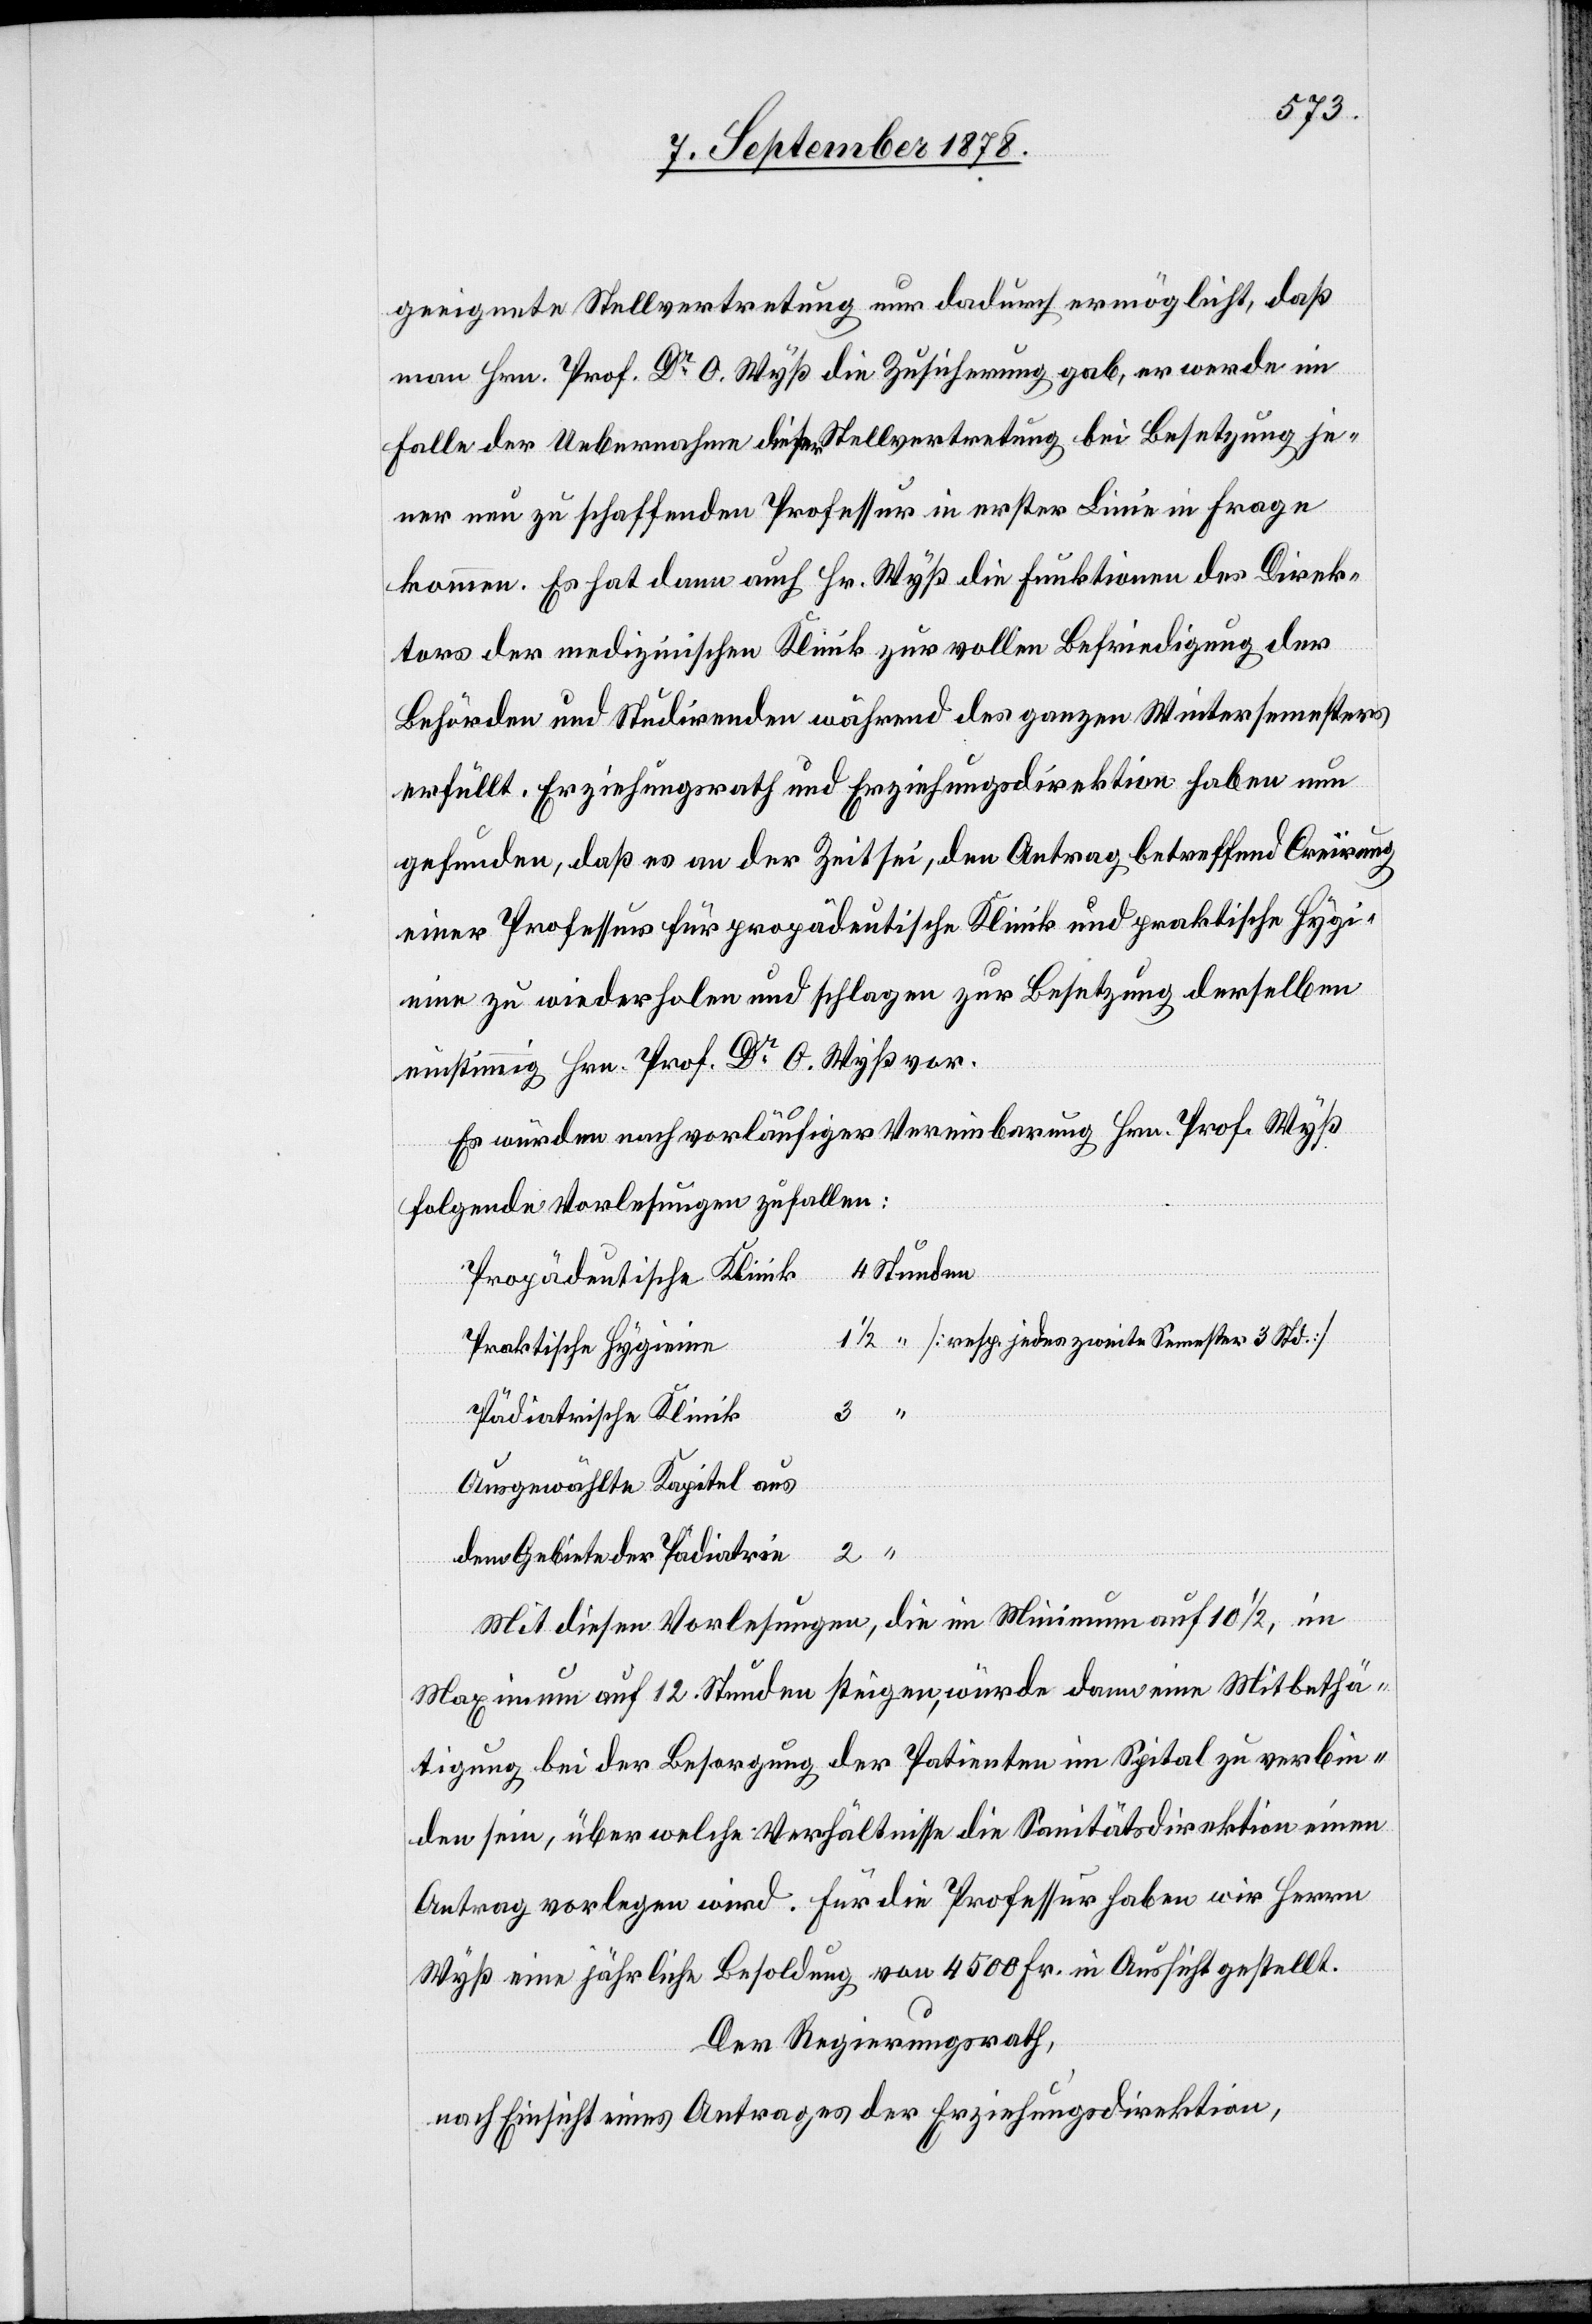
geeigente Stellvertretung nur dadurch ermöglicht, daß
man Hrn. Prof. Dr O. Wyß die Zusicherung gab, er werde im
Falle der Uebernahme dieser Stellvertretung bei Besetzung je¬
ner neu zu schaffenden Professur in erster Linie in Frage
kommen. Es hat dann auch Hr. Wyß die Funktionen des Direk¬
tors der medizinischen Klinik zur vollen Befriedigung der
Behörden und Studirenden während des ganzen Wintersemesters
erfüllt. Erziehungsrath und Erziehungsdirektion haben nun
gefunden, daß es an der Zeit sei, den Antrag betreffend Creïrung
einer Professur für propädeutische Klinik und praktische Hygi¬
eine zu wiederholen und schlagen zur Besetzung derselben
einstimmig Hrn. Prof. Dr. O. Wyß vor.
Es würden nach vorläufiger Vereinbarung Hrn. Prof. Wyß
folgende Vorlesungen zufallen:
[Stunden]
Propädeutische Klinik
[resp. jedes zweite Semester 3 Std.]
Praktische Hygieine
Pädiatrische Klinik
Ausgewählte Kapitel aus
den Gebieten der Pädiatrie
Mit diesen Vorlesungen, die im Minimum auf 10 1/2, im
Maximum auf 12. Stunden steigen, würde dann eine Mitbethä¬
tigung bei der Besorgung der Patienten im Spital zu verbin¬
den sein, über welche Verhältnisse die Sanitätsdirektion einen
Antrag vorlegen wird. Für die Professur haben wir Herrn
Wyß eine jährliche Besoldung von 4500 Fr. in Aussicht gestellt.
Der Regierungsrath,
nach Einsicht eines Antrages der Erziehungsdirektion,